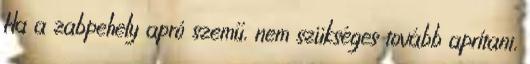
Ha a zabpehely apró szemű, nem szükséges tovább aprítani,